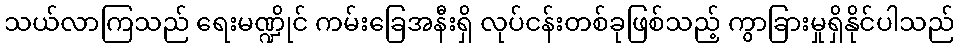
သယ်လာကြသည် ရေးမဏ္ဍိုင် ကမ်းခြေအနီးရှိ လုပ်ငန်းတစ်ခုဖြစ်သည့် ကွာခြားမှုရှိနိုင်ပါသည်